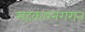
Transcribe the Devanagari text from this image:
सहकारनगरात